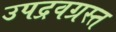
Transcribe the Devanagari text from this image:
उपद्रवग्रस्त